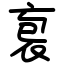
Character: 袌